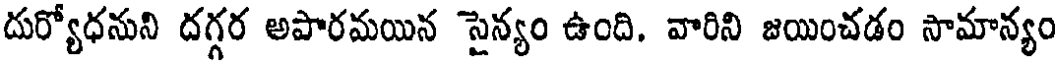
దుర్యోధనుని దగ్గర అపారమయిన సైన్యం ఉంది. వారిని జయించడం సామాన్యం